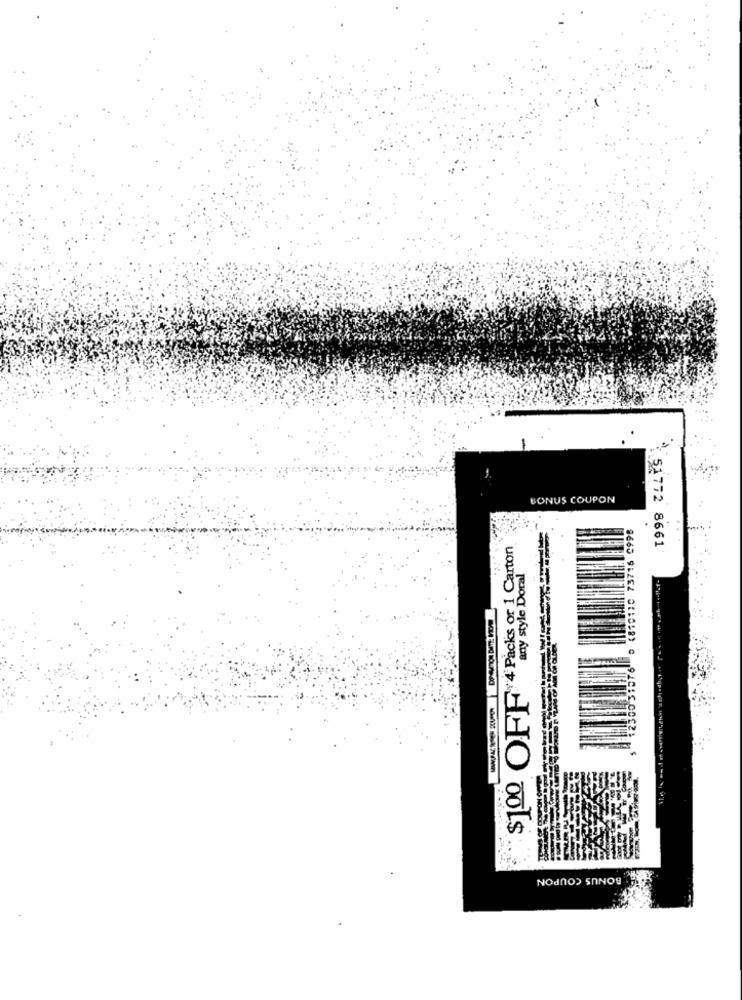
BONUS COUPON
0 4810110 73716 9998
4 Packs or 1 Carton
: 51772 8661
any style Doral
(2300 31576
$100 OFF
BONUS COUPON